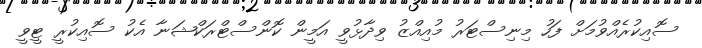
ސޮއިކުރެއްވުމަށް ފަހު މިނިސްޓަރު މުއިއްޒު ވިދާޅުވީ އަމީން ކޮންސްޓްރަކްޝަނާ އެކު ސޮއިކުރީ ޓީވީ